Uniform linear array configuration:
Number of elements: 64
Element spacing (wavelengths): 0.75
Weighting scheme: binomial
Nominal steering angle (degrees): -45
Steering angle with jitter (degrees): -45.722
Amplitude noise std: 0.05
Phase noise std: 0.05

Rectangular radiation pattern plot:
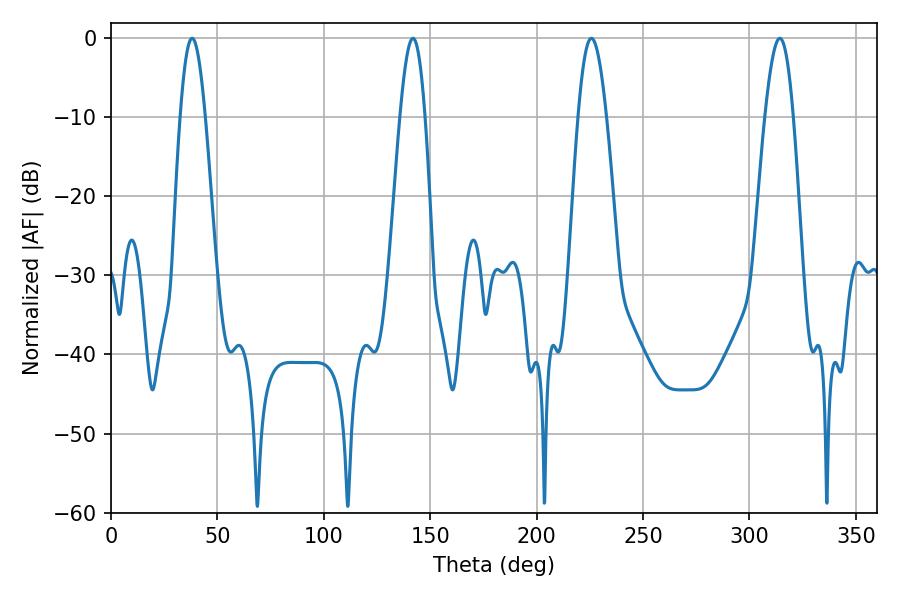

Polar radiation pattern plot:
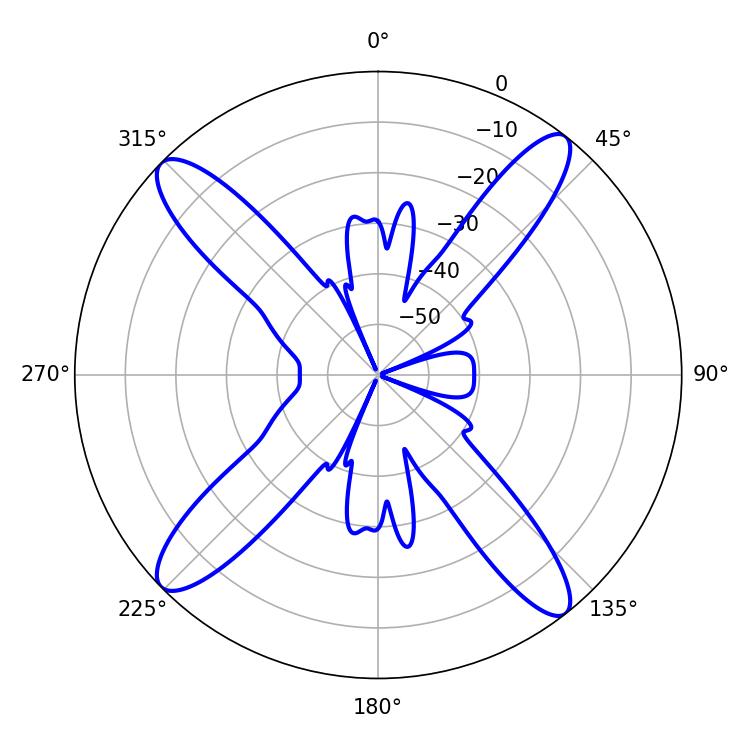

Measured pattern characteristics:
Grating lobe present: TRUE
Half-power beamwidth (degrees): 7.2
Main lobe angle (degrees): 225.72